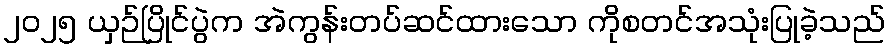
၂၀၂၅ ယှဉ်ပြိုင်ပွဲက အဲကွန်းတပ်ဆင်ထားသော ကိုစတင်အသုံးပြုခဲ့သည်